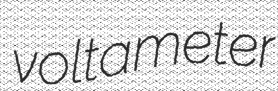
voltameter